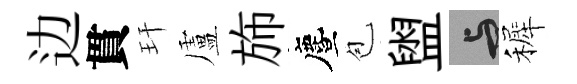
边貫玕盧斾󵨌苞盥与裤